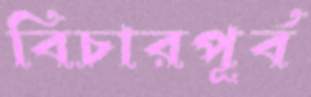
বিচারপূর্ব